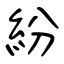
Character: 紛